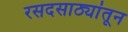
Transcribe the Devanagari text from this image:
रसदसाठ्यांतून